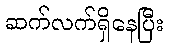
ဆက်လက်ရှိနေပြီး